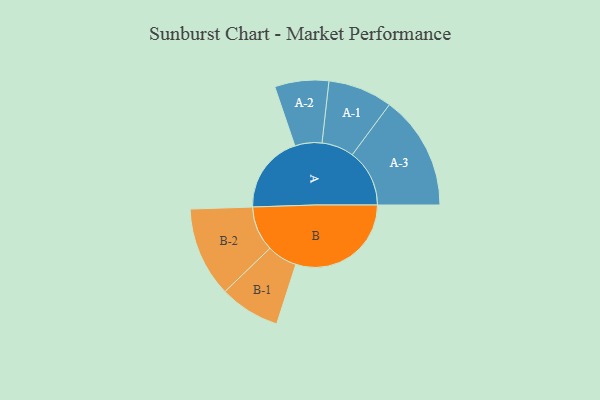
{"axis": {"x": "Segment", "y": "Value"}, "legend": ["", "A", "B"], "data": [{"x": "A", "y": 313, "type": ""}, {"x": "B", "y": 462, "type": ""}, {"x": "A-1", "y": 129, "type": "A"}, {"x": "A-2", "y": 108, "type": "A"}, {"x": "A-3", "y": 229, "type": "A"}, {"x": "B-1", "y": 121, "type": "B"}, {"x": "B-2", "y": 180, "type": "B"}]}